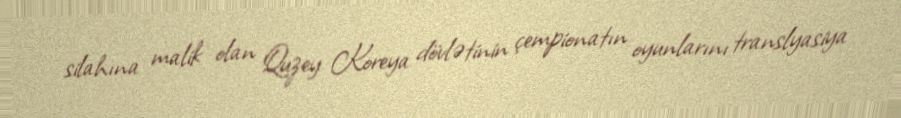
silahına malik olan Quzey Koreya dövlətinin çempionatın oyunlarını translyasiya